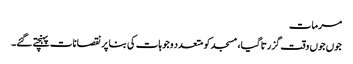
مرمات
جوں جوں وقت گزرتا گیا، مسجد کو متعدد وجوہات کی بنا پر نقصانات پہنچتے گئے۔